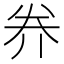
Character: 奍